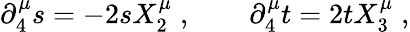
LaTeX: \partial_{4}^{\mu}s=-2sX_{2}^{\mu}\; ,\qquad\partial_{4}^{\mu}t=2tX_{3}^{\mu}\; ,